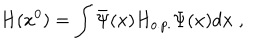
H ( x ^ { 0 } ) = \int \bar { \Psi } ( x ) H _ { o . p . } \Psi ( x ) d { \bf x } \; ,